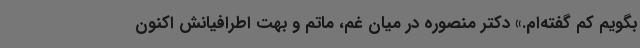
بگویم کم گفته‌ام.» دکتر منصوره در میان غم، ماتم و بهت اطرافیانش اکنون